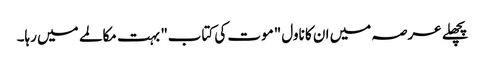
پچھلے عرصہ میں ان کا ناول "موت کی کتاب" بہت مکالمے میں رہا۔